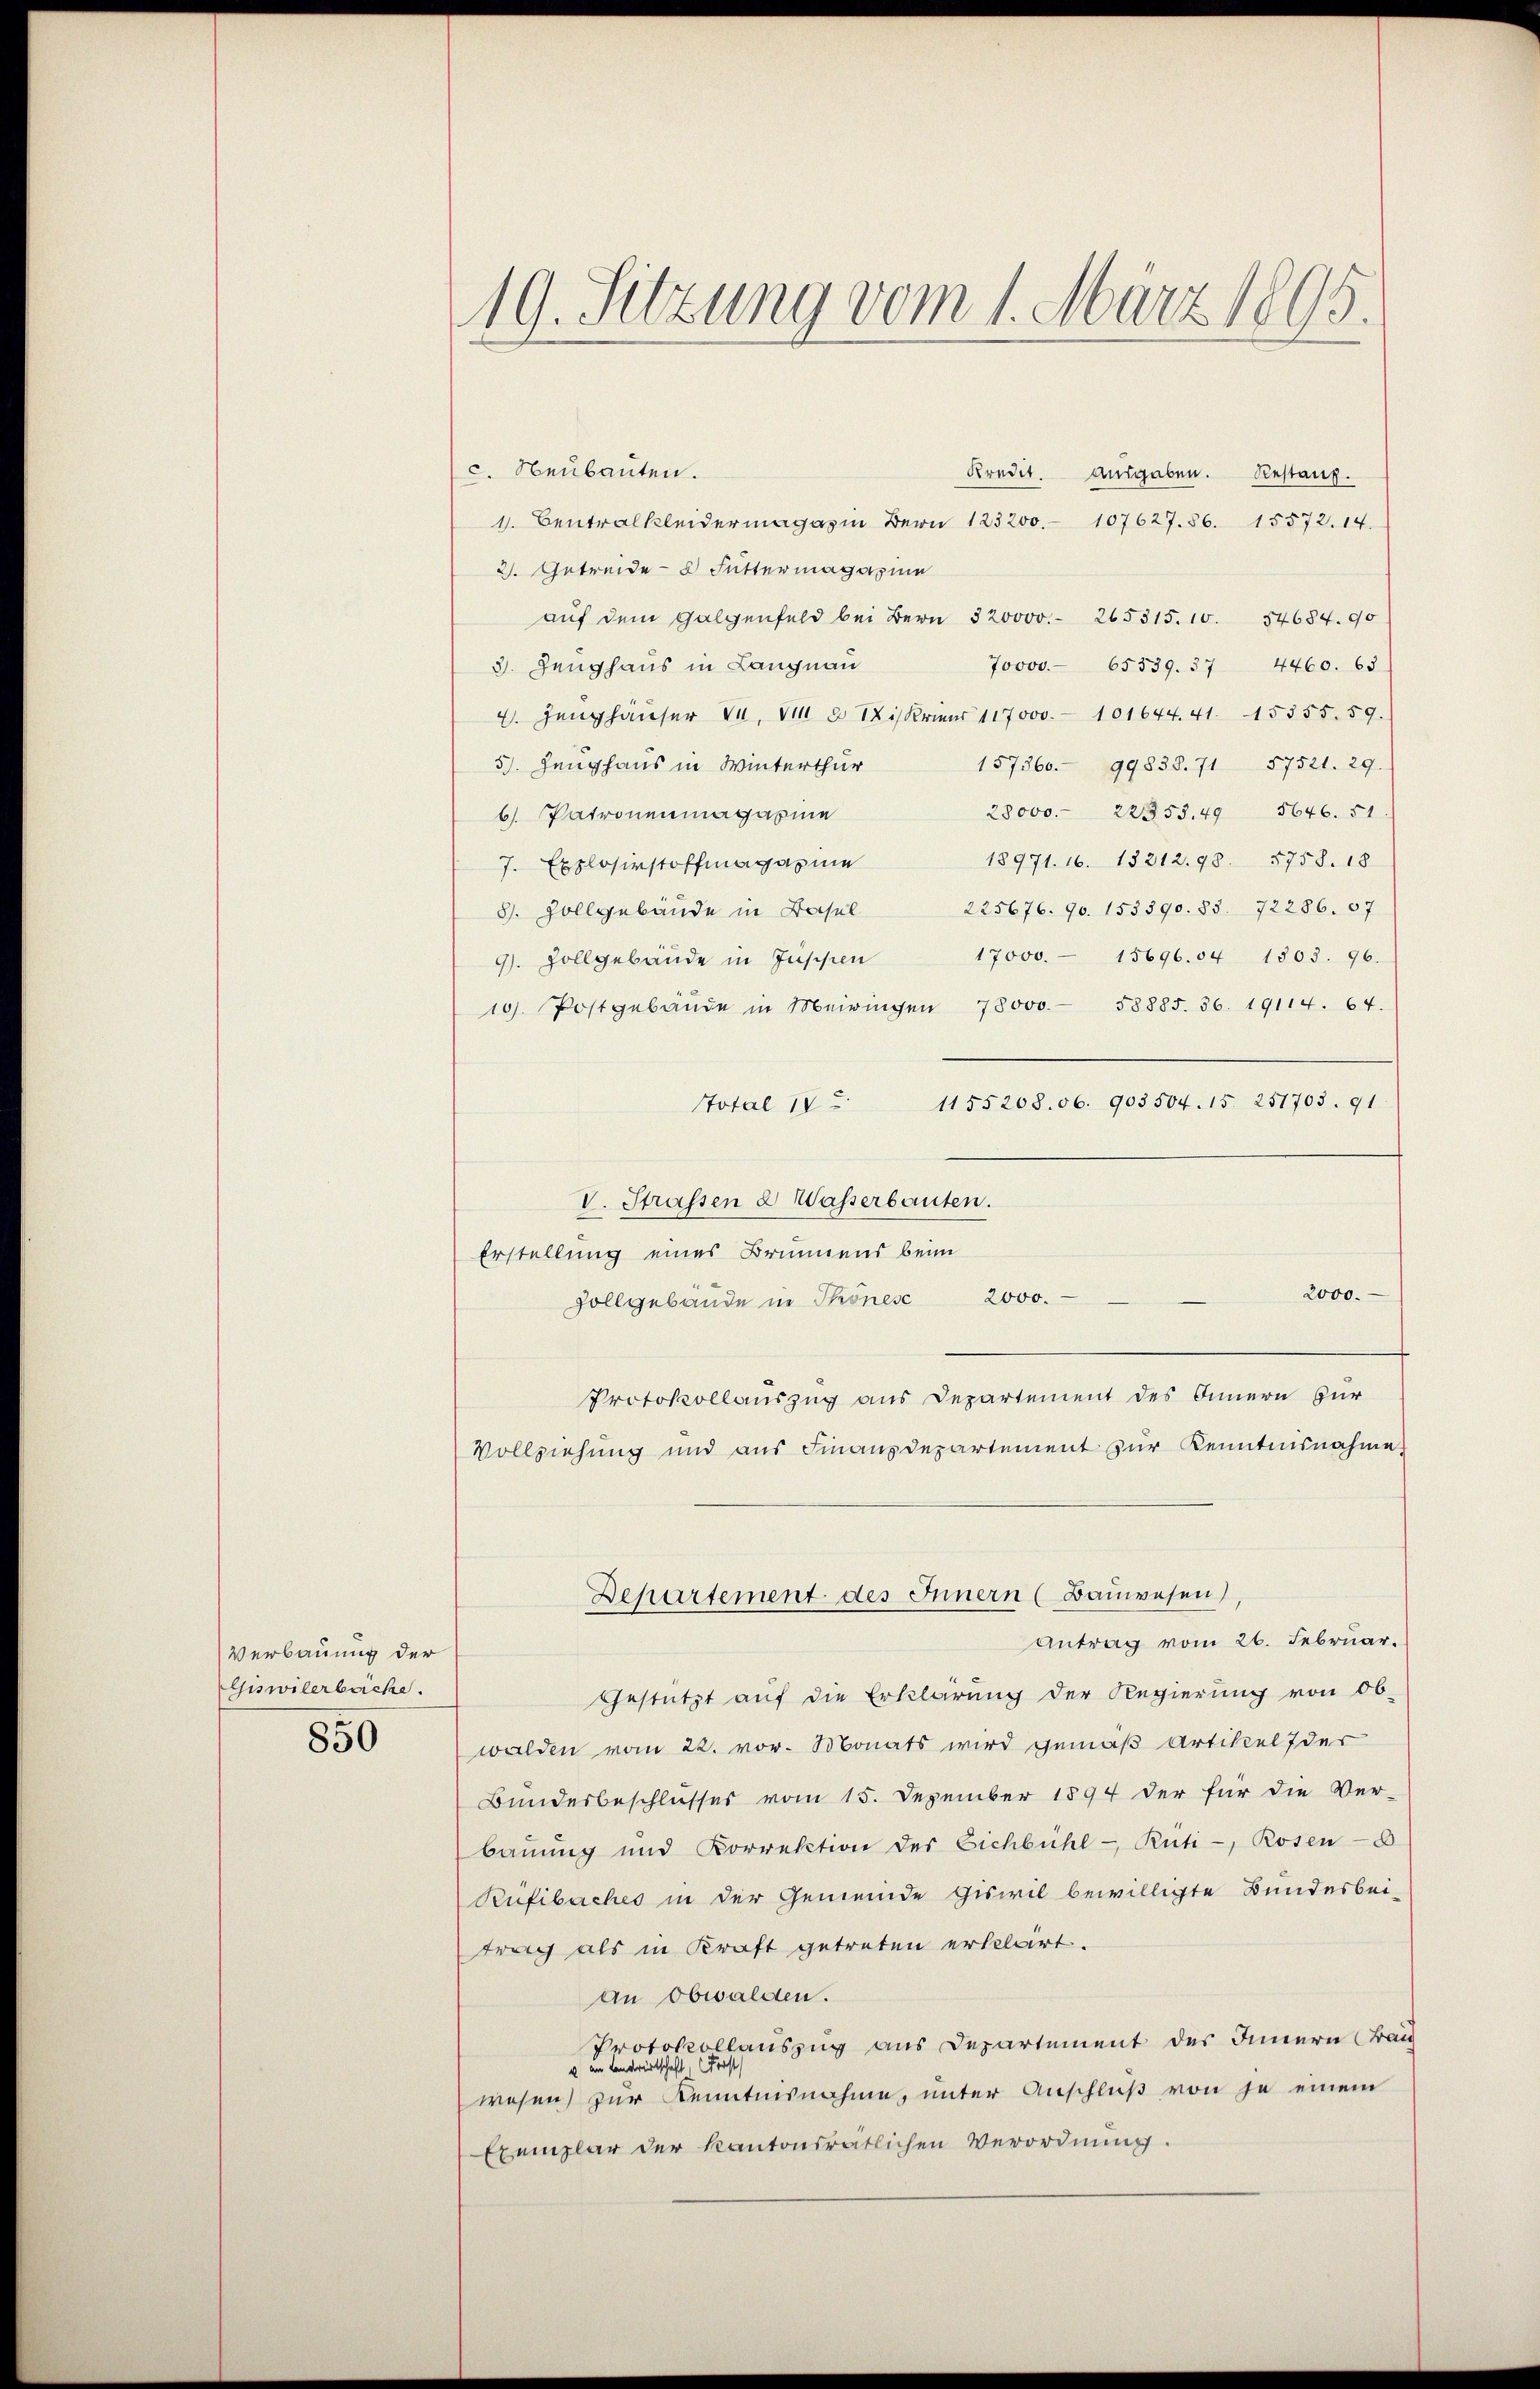
Verbauung der
Giswilerbache.

850

c. Neubauten.
Kredit. Ausgaben. Restanz.
1. Centralkleidermagazin Bern 123200. 107627. 86. 15572. 14.
2. Getreide Futtermagazine
aŭf dem Galgenfeld bei Bern 320000. 265315. 10. 54684. 90
3. Zeughaus in Langnau
70000. 65339. 37 4460. 63
4. Zeughäuser da, um 8 is Krien 117000. 101644. 41. 15355. 59.
5. Zeughaus in Winterthur
157360. 99838. 71 57521. 29.
28000. 22853, 49 5646. 51.
6. Patronenmagazine
18971. 16. 18212. 98. 5758. 18
7. Explosirstoffmagazine
225676. 90. 153390. 85. 72286. 57
8. Zollgebäude in Basel
17000. 15696. 54 1303. 96.
9). Zollgebäude in Justien
10. Postgebäŭde in Meiringen 78000. 58885. 36. 19114. 64.
1155208. 06. 903504. 15. 251703. 91
Stotal 17
V. Strassen & Wasserbauten.
Erstellung eines Brunnens beim
2000.
Zollgebäude in Thönese 2000.
Protokollauszug aus Departement des Innern zur
Vollziehung und aus Finanzdepartement zur Kenntnisnahme
Departement des Innern (Bauwesen)
Antrag vom 26. Februar.
Gestützt auf die Erklärung der Regierung von Ob-
walden vom 22. vor. Monats wird gemäß Artikel der
Bundesbeschlusses vom 15. Dezember 1894 der für die Ver-
bauung und Korrektion des Eichbühl- Rüti-, Rosen-
Püfibaches in der Gemeinde Giswil bewilligte Bundesbei-
trag als in Kraft getreten erkellirt.
an Obwalden.
Protokollauszug aus Departement des Innern (Bau
v am Landwirtschaft. Forst
wesen zur Kenntnisnahme, unter Anschluß von je einem
Exemplar der kantonsrätlichen Verordnung.

19. Setzung vom 1. März 1895.